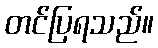
တင်ပြရသည်။